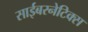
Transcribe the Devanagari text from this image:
साईबरनेटिक्स